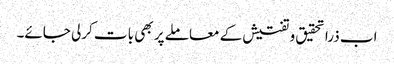
اب ذرا تحقیق و تفتیش کے معاملے پر بھی بات کرلی جائے۔